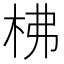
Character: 柫